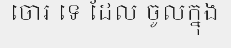
ចោរ ទេ ដែល ចូលក្នុង